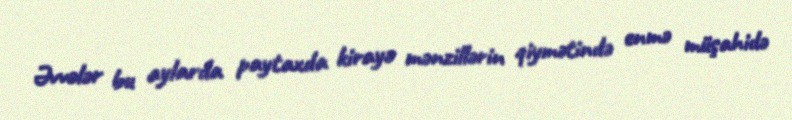
Əvvələr bu aylarda paytaxda kirayə mənzillərin qiymətində enmə müşahidə